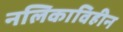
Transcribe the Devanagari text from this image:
नलिकाविहीन